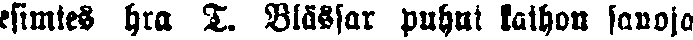
esimies hra T. Blåssar puhui kaihon sanoja